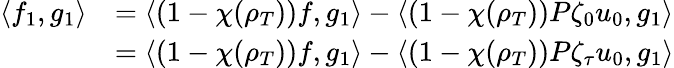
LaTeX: \begin{array}{rl}{\langle f_{1},g_{1}\rangle}&{=\langle(1-\chi(\rho_{T}))f,g_{1}\rangle-\langle(1-\chi(\rho_{T}))P\zeta_{0}u_{0},g_{1}\rangle}\\ &{=\langle(1-\chi(\rho_{T}))f,g_{1}\rangle-\langle(1-\chi(\rho_{T}))P\zeta_{\tau}u_{0},g_{1}\rangle}\end{array}